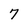
Character: 7